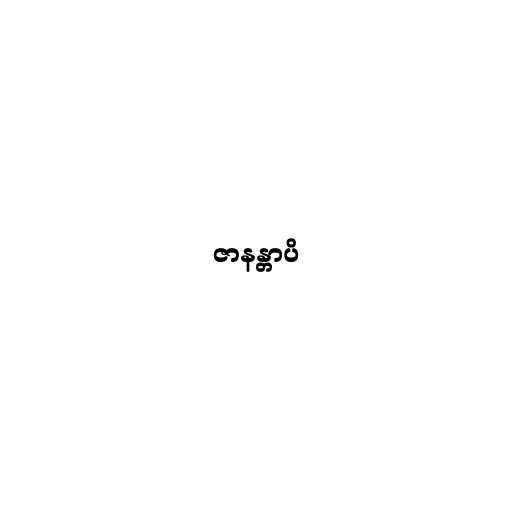
ဇာနန္တာပိ